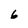
Character: 6